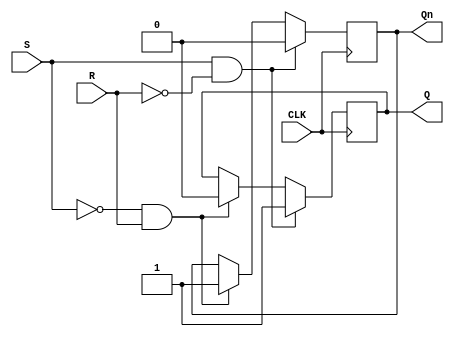
module gated_sr_ff(
    input S, // Set input
    input R, // Reset input
    input CLK, // Clock input
    output reg Q, // Output Q
    output reg Qn // Output Q'
);

always @(posedge CLK)
begin
    if (S && !R) // Set condition
    begin
        Q <= 1'b1;
        Qn <= 1'b0;
    end
    else if (!S && R) // Reset condition
    begin
        Q <= 1'b0;
        Qn <= 1'b1;
    end
end

endmodule